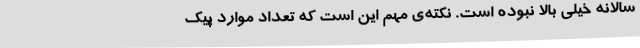
سالانه خیلی بالا نبوده است. نکته‌ی مهم این است که تعداد موارد پیک